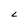
Character: 2